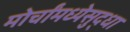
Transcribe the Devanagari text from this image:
मोर्चांमध्येसुद्धा